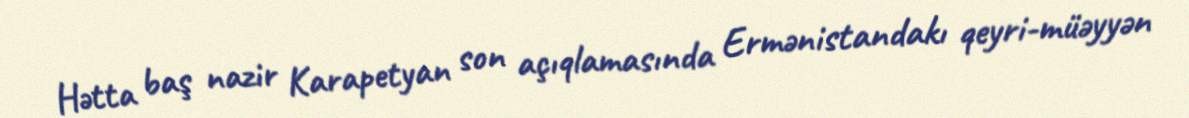
Hətta baş nazir Karapetyan son açıqlamasında Ermənistandakı qeyri-müəyyən